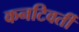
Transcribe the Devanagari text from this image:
कनटिवर्ती